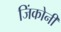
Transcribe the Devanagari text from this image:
जिंकोनी